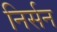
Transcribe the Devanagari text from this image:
निर्सन